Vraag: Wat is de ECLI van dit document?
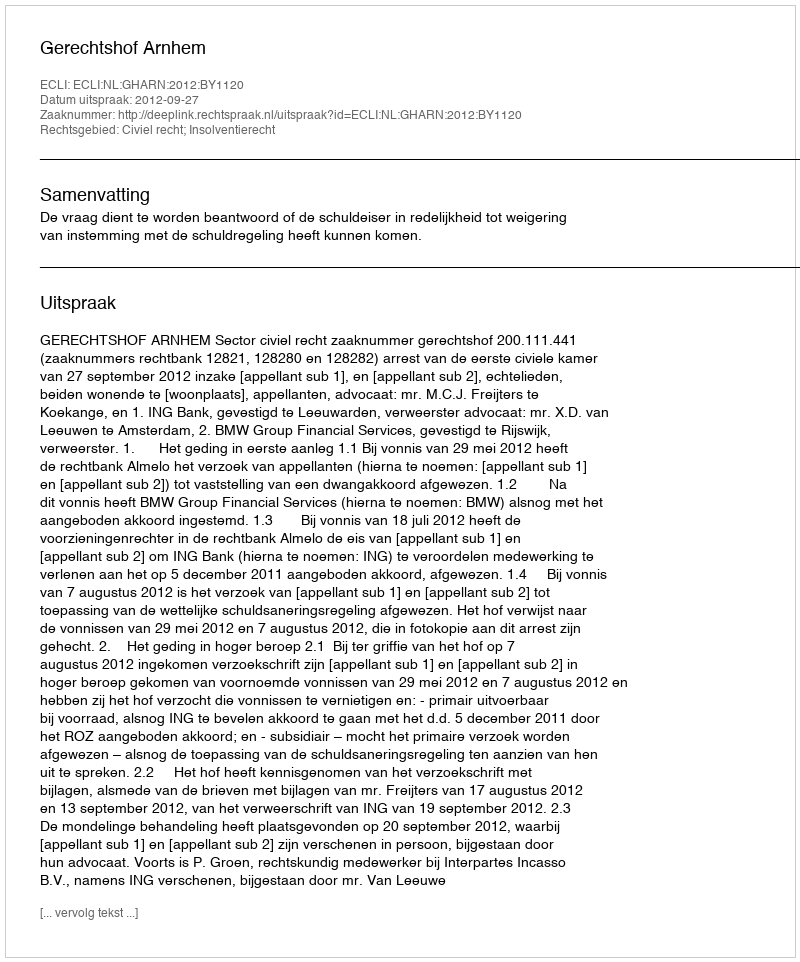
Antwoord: ECLI:NL:GHARN:2012:BY1120